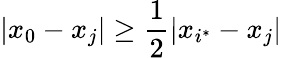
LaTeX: |x_{0}-x_{j}|\geq\frac 12|x_{i^{\ast}}-x_{j}|